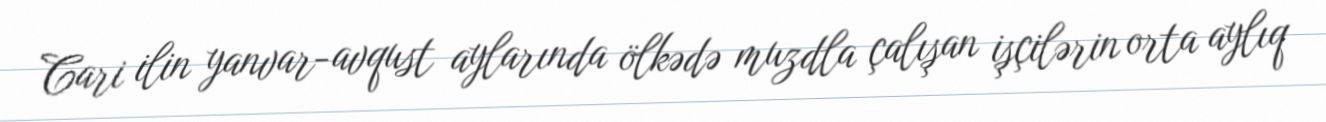
Cari ilin yanvar-avqust aylarında ölkədə muzdla çalışan işçilərin orta aylıq